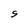
Character: 5